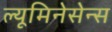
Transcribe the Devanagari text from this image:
ल्यूमिनेसेन्स